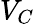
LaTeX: V_{C}